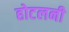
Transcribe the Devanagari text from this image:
होटलनी